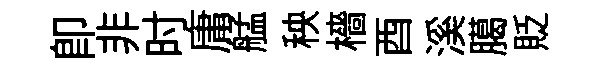
即非时庸艋秧檣酉溪臈貶